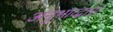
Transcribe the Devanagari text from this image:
अनुभाव्द्वारा